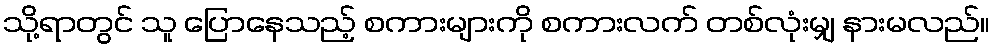
သို့ရာတွင် သူ ပြောနေသည့် စကားများကို စကားလက် တစ်လုံးမျှ နားမလည်။